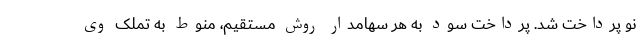
نو پرداخت شد. پرداخت سود به هر سهامدار روش مستقیم، منوط به تملک وی